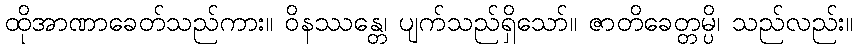
ထိုအာဏာခေတ်သည်ကား။ ဝိနဿန္တေ၊ ပျက်သည်ရှိသော်။ ဇာတိခေတ္တမ္ပိ၊ သည်လည်း။